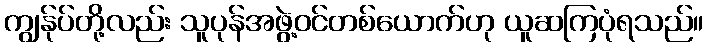
ကျွန်ုပ်တို့လည်း သူပုန်အဖွဲ့ဝင်တစ်ယောက်ဟု ယူဆကြပုံရသည်။